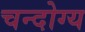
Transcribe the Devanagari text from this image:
चन्दोग्य